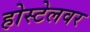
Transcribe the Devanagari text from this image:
होस्टेलवर